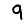
Digit: 9